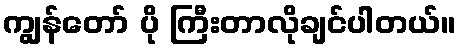
ကျွန်တော် ပို ကြီးတာလိုချင်ပါတယ်။